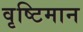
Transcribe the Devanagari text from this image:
वृष्टिमान